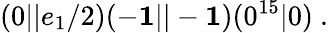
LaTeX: (0\vert\vert e_{1}/2)(-{\mathbf 1}\vert\vert-{\mathbf 1})(0^{15}\vert 0)~.